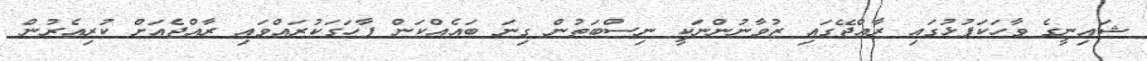
ޝައިނީގެ ވާހަކަފުޅުގައި ރާއްޖޭގައި ޒުވާނުންނަކީ ނިސްބަތުން ގިނަ ބައެއްކަން ފާހަގަކުރައްވައި ރާއްޖެއަށް ކުރިއެރުން